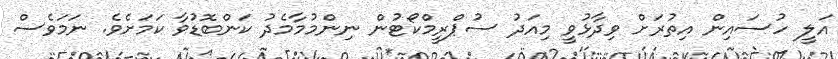
އަލީ ހުސައިން އިތުރަށް ވިދާޅުވީ މިއަދު ސުޕްރީމްކޯޓުން ނިންމުމާމެދު ކަންބޮޑުވާ ކަމަށެވެ. ނަމަވެސް